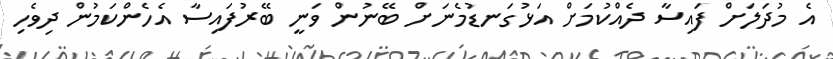
އެ މުދަލަށް ފައިސާ ދެއްކުމަށް އަޅުގަނޑުމެނަށް ބޭނުން ވަނީ ބޭރުފައިސާ އެހެންކަމުން ދިވެހި